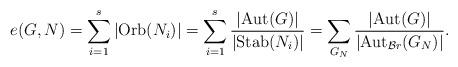
LaTeX: \begin{align*}e(G,N)=\sum_{i=1}^{s}\left\lvert \mathrm{Orb}(N_{i}) \right \rvert = \sum_{i=1}^{s} \dfrac{\left\lvert \mathrm{Aut}(G)\right\rvert}{\left\lvert\mathrm{Stab}(N_{i})\right\rvert}= \sum_{G_{N}}\dfrac{\left\lvert \mathrm{Aut}(G)\right\rvert} {\left\lvert\mathrm{Aut}_{\mathcal{B}r}(G_{N})\right\rvert}.\end{align*}